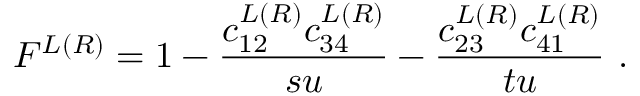
F ^ { L ( R ) } = 1 - { \frac { c _ { 1 2 } ^ { L ( R ) } c _ { 3 4 } ^ { L ( R ) } } { s u } } - { \frac { c _ { 2 3 } ^ { L ( R ) } c _ { 4 1 } ^ { L ( R ) } } { t u } } \ .